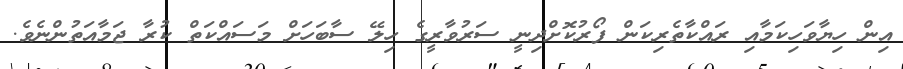
އިން ހިޔާވަހިކަމާއި ރައްކާތެރިކަން ފޯރުކޮށްދިނީ ސަރުވާރީގެ ހިލޭ ސާބަހަށް މަސައްކަތް ކުރާ ޖަމާއަތުންނެވެ.